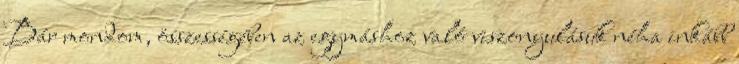
Bár mondom, összességében az egymáshoz való viszonyulásuk néha inkább